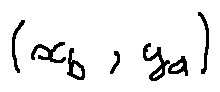
( x _ { b } , y _ { a } )